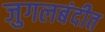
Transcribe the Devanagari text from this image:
जुगलबंदीत